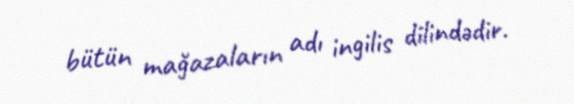
bütün mağazaların adı ingilis dilindədir.